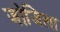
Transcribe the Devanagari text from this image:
जोजिला